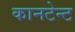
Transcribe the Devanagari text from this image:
कानटेन्‍ट